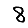
Digit: 8